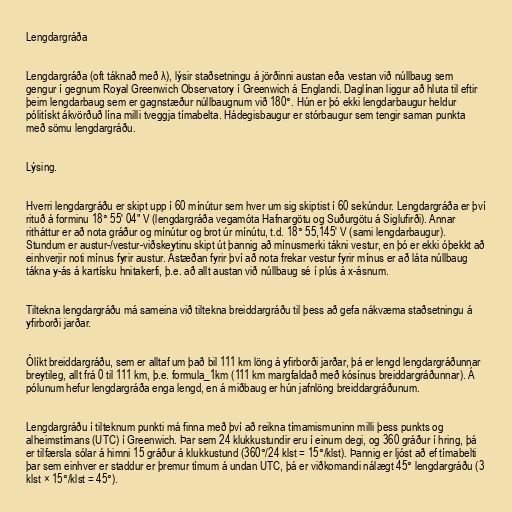
Lengdargráða

Lengdargráða (oft táknað með λ), lýsir staðsetningu á jörðinni austan eða vestan við núllbaug sem
gengur í gegnum Royal Greenwich Observatory í Greenwich á Englandi. Daglínan liggur að hluta til eftir
þeim lengdarbaug sem er gagnstæður núllbaugnum við 180°. Hún er þó ekki lengdarbaugur heldur
pólitískt ákvörðuð lína milli tveggja tímabelta. Hádegisbaugur er stórbaugur sem tengir saman punkta
með sömu lengdargráðu.

Lýsing.

Hverri lengdargráðu er skipt upp í 60 mínútur sem hver um sig skiptist í 60 sekúndur. Lengdargráða er því
rituð á forminu 18° 55′ 04" V (lengdargráða vegamóta Hafnargötu og Suðurgötu á Siglufirði). Annar
ritháttur er að nota gráður og mínútur og brot úr mínútu, t.d. 18° 55,145′ V (sami lengdarbaugur).
Stundum er austur-/vestur-viðskeytinu skipt út þannig að mínusmerki tákni vestur, en þó er ekki óþekkt að
einhverjir noti mínus fyrir austur. Ástæðan fyrir því að nota frekar vestur fyrir mínus er að láta núllbaug
tákna y-ás á kartísku hnitakerfi, þ.e. að allt austan við núllbaug sé í plús á x-ásnum.

Tiltekna lengdargráðu má sameina við tiltekna breiddargráðu til þess að gefa nákvæma staðsetningu á
yfirborði jarðar.

Ólíkt breiddargráðu, sem er alltaf um það bil 111 km löng á yfirborði jarðar, þá er lengd lengdargráðunnar
breytileg, allt frá 0 til 111 km, þ.e. formula_1km (111 km margfaldað með kósínus breiddargráðunnar). Á
pólunum hefur lengdargráða enga lengd, en á miðbaug er hún jafnlöng breiddargráðunum.

Lengdargráðu í tilteknum punkti má finna með því að reikna tímamismuninn milli þess punkts og
alheimstímans (UTC) í Greenwich. Þar sem 24 klukkustundir eru í einum degi, og 360 gráður í hring, þá
er tilfærsla sólar á himni 15 gráður á klukkustund (360°/24 klst = 15°/klst). Þannig er ljóst að ef tímabelti
þar sem einhver er staddur er þremur tímum á undan UTC, þá er viðkomandi nálægt 45° lengdargráðu (3
klst × 15°/klst = 45°).